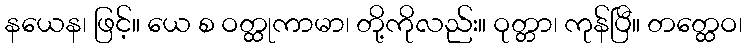
နယေန၊ ဖြင့်။ ယေ စ ဝတ္ထုကာမာ၊ တို့ကိုလည်း။ ဝုတ္တာ၊ ကုန်ပြီ။ တတ္ထေဝ၊